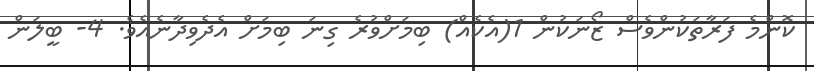
ކޮންމެ ފަރާތަކުންވެސް ޒޯނަކުން 1(އެކެއް) ބިމަށްވުރެ ގިނަ ބިމަށް އެދެވިދާނެއެވެ. 4- ބީލަން